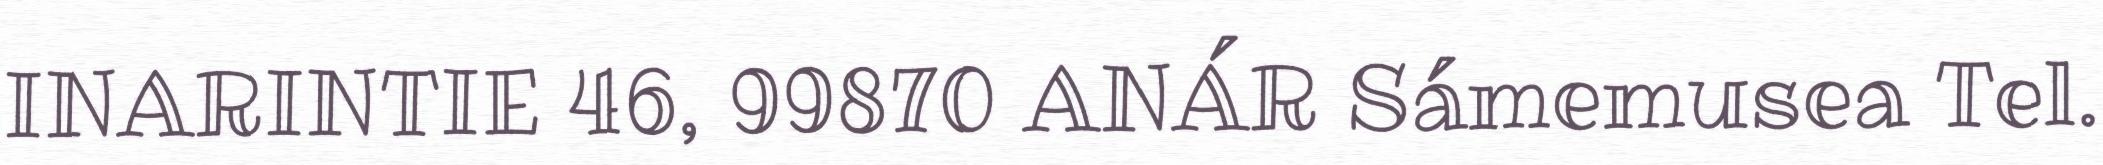
INARINTIE 46, 99870 ANÁR Sámemusea Tel.